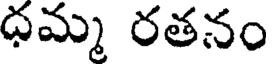
ధమ్మ రతనం